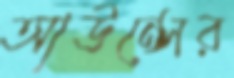
আউন্সের